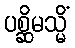
ပစ္ဆိမသ္မိံ